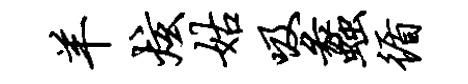
羊炫姑吸蠡循